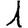
Digit: 1